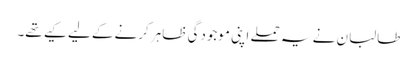
طالبان نے یہ حملے اپنی موجودگی ظاہر کرنےکے لیے کیے تھے۔